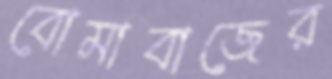
বোমাবাজের